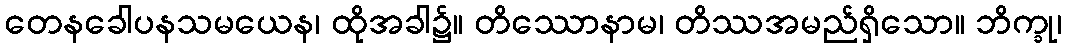
တေနခေါပနသမယေန၊ ထိုအခါ၌။ တိဿောနာမ၊ တိဿအမည်ရှိသော။ ဘိက္ခု၊